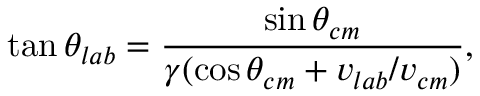
\tan \theta _ { l a b } = \frac { \sin \theta _ { c m } } { \gamma ( \cos \theta _ { c m } + v _ { l a b } / v _ { c m } ) } ,